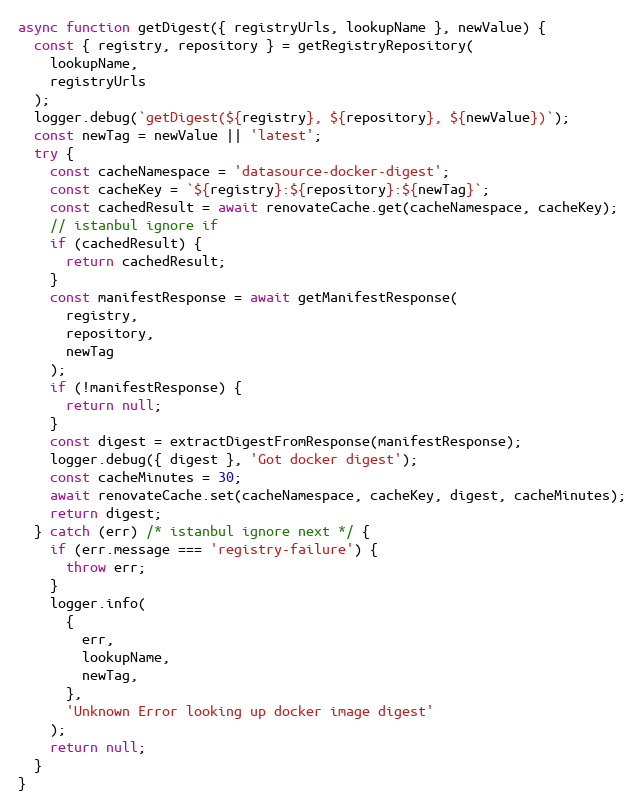
Language: JavaScript
async function getDigest({ registryUrls, lookupName }, newValue) {
  const { registry, repository } = getRegistryRepository(
    lookupName,
    registryUrls
  );
  logger.debug(`getDigest(${registry}, ${repository}, ${newValue})`);
  const newTag = newValue || 'latest';
  try {
    const cacheNamespace = 'datasource-docker-digest';
    const cacheKey = `${registry}:${repository}:${newTag}`;
    const cachedResult = await renovateCache.get(cacheNamespace, cacheKey);
    // istanbul ignore if
    if (cachedResult) {
      return cachedResult;
    }
    const manifestResponse = await getManifestResponse(
      registry,
      repository,
      newTag
    );
    if (!manifestResponse) {
      return null;
    }
    const digest = extractDigestFromResponse(manifestResponse);
    logger.debug({ digest }, 'Got docker digest');
    const cacheMinutes = 30;
    await renovateCache.set(cacheNamespace, cacheKey, digest, cacheMinutes);
    return digest;
  } catch (err) /* istanbul ignore next */ {
    if (err.message === 'registry-failure') {
      throw err;
    }
    logger.info(
      {
        err,
        lookupName,
        newTag,
      },
      'Unknown Error looking up docker image digest'
    );
    return null;
  }
}